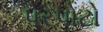
પરપોટો